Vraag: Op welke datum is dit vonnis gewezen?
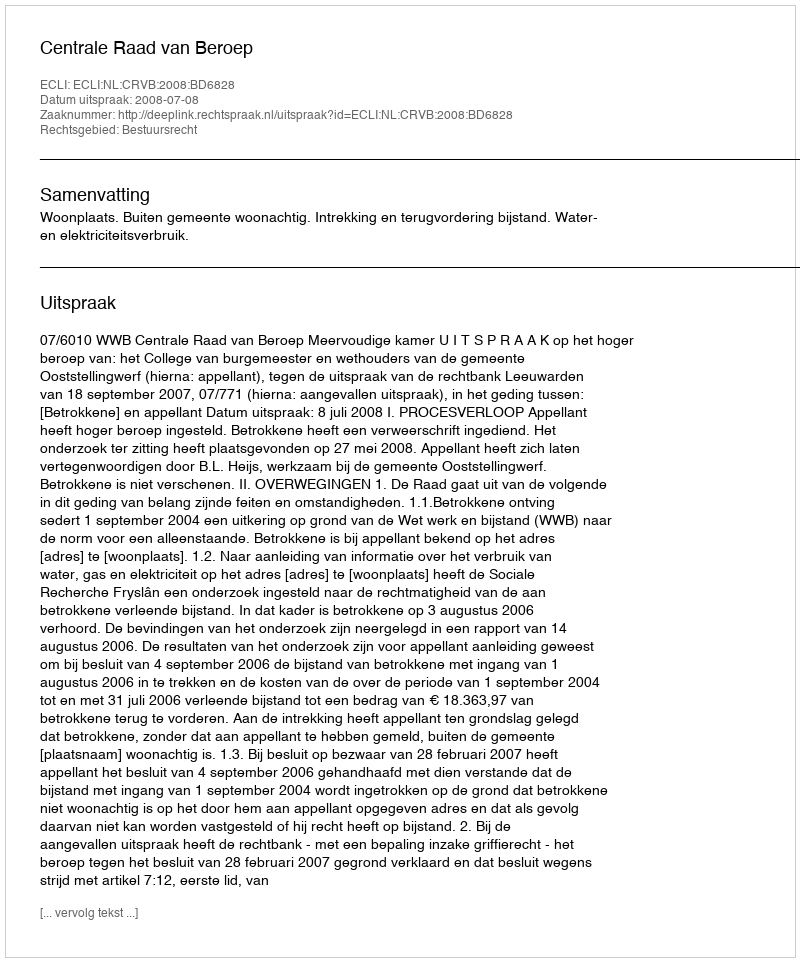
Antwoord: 2008-07-08